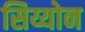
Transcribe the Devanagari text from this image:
सिय्योन